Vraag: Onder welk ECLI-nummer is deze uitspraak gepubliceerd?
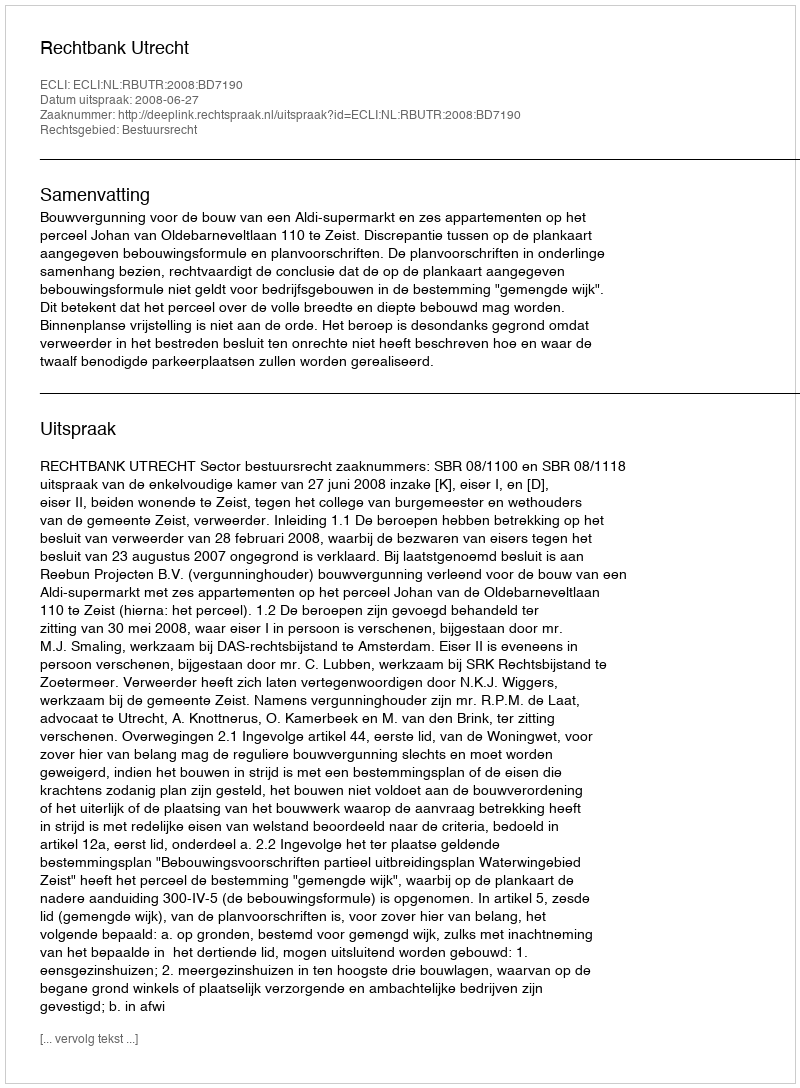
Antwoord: ECLI:NL:RBUTR:2008:BD7190